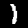
Digit: 1